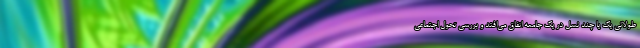
طولانی یک یا چند نسل در یک جامعه اتفاق می‌افتد و بررسی تحول اجتماعی